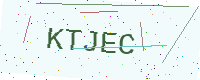
Text: KTJEC